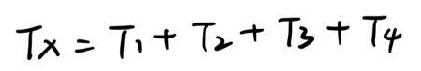
\[ T_x = T_1 + T_2 + T_3 + T_4 \]